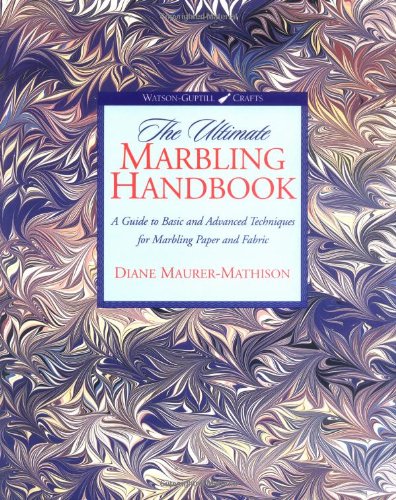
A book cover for The Ultimate Marbling Handbook: A Guide to Basic and Advanced Techniques for Marbling Paper and Fabric (Watson-Guptill Crafts); Diane Maurer-Mathison; Crafts, Hobbies & Home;